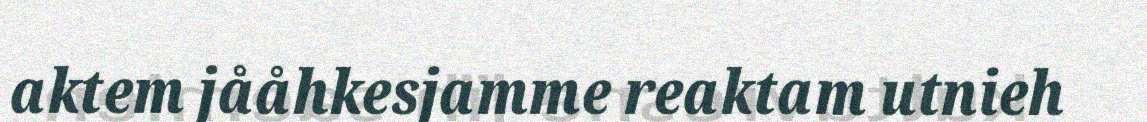
aktem jååhkesjamme reaktam utnieh